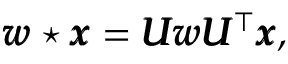
\pmb { w } \star \pmb { x } = \pmb { U } \pmb { w } \pmb { U } ^ { \top } \pmb { x } ,